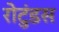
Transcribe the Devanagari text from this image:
रोटुंडस